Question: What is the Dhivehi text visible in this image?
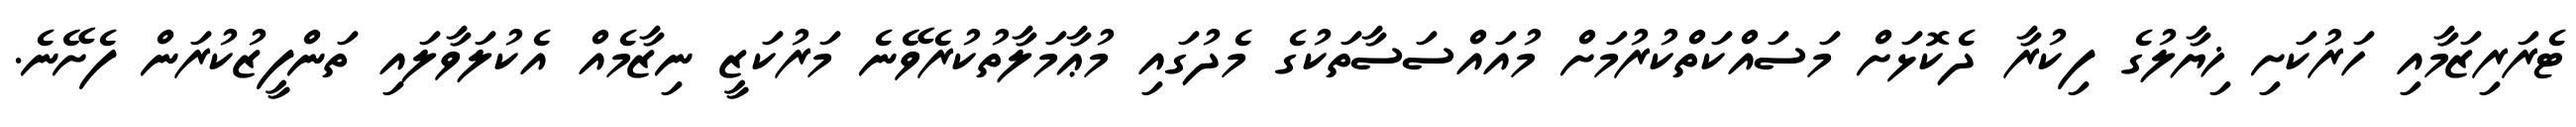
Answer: ޓެރަރިޒަމާއި ހަރުކަށި ޚިޔާލުގެ ފިކުރާ ދެކޮޅަށް މަސައްކަތްކުރުމަށް މުއައްސަސާތަކުގެ މެދުގައި މުޢާމަލާތުކުރެވޭނެ މަރުކަޒީ ނިޒާމެއް އެކުލަވާލައި ތަންފީޒުކުރަން ފެށޭނެ.